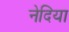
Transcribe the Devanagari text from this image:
नेदिया